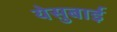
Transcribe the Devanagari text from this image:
येसुबाई